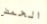
الحمض